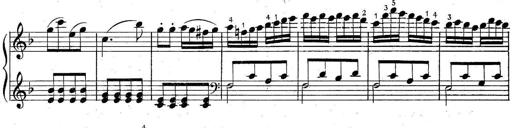
Title: 6 Easy Sonatinas
Composer: Carl Czerny